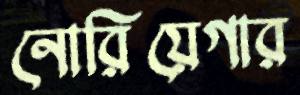
নোরিয়েগার